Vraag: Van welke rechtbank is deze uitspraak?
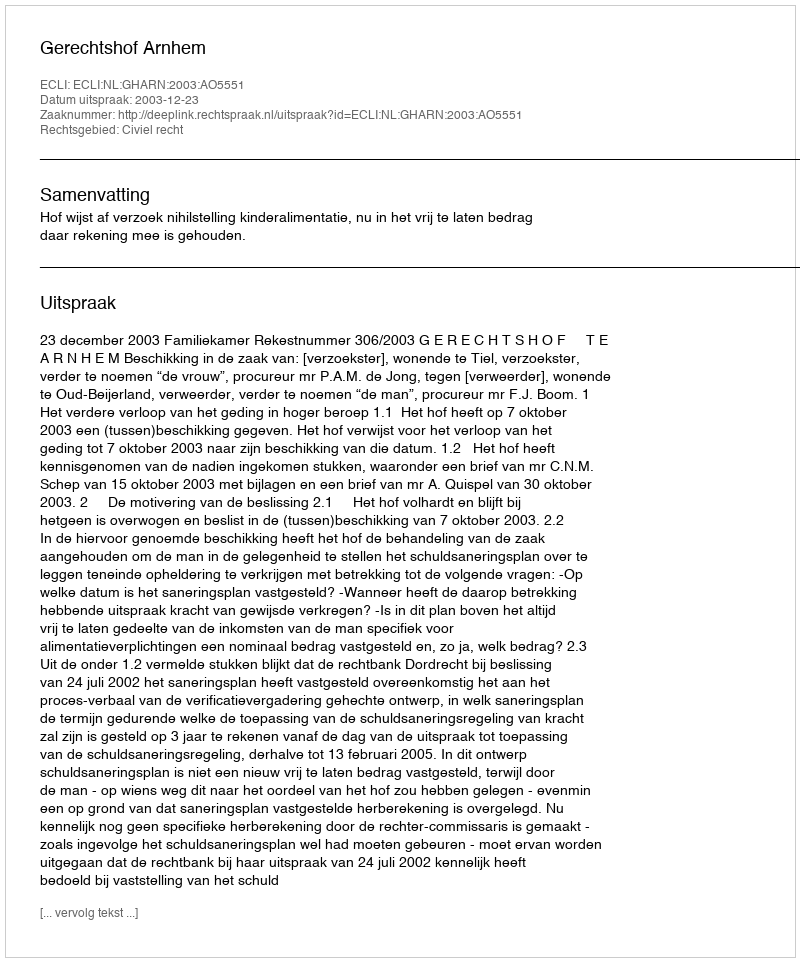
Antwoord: Gerechtshof Arnhem